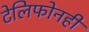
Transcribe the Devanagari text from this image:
टेलिफोनही